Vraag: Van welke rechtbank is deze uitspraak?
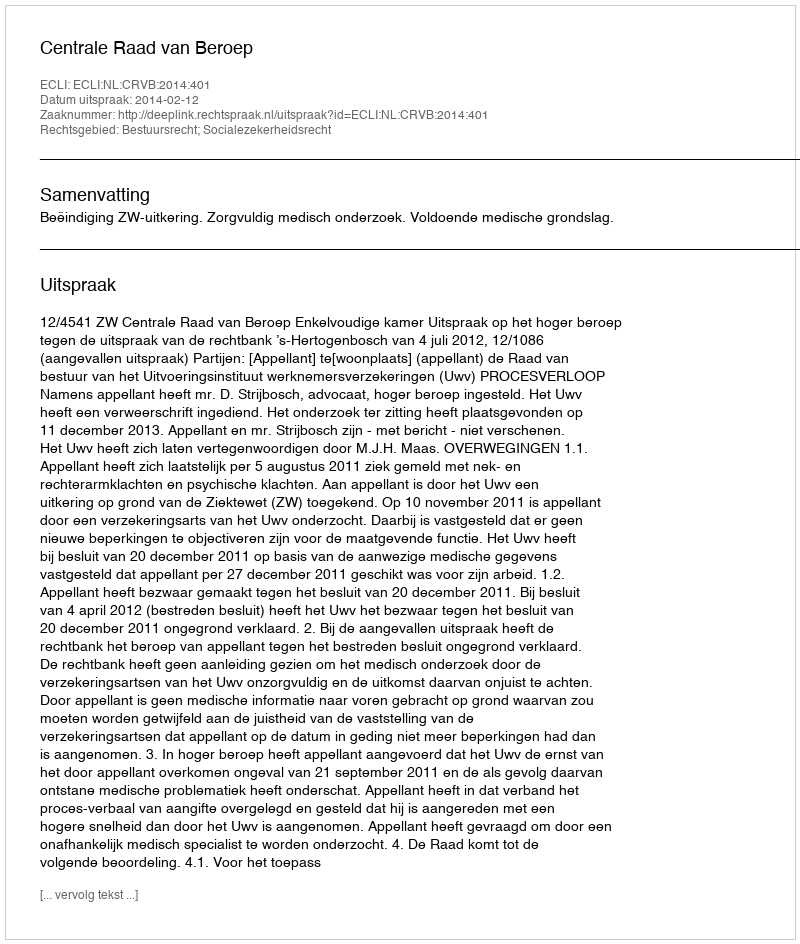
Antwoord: Centrale Raad van Beroep